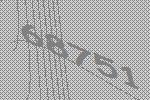
68751